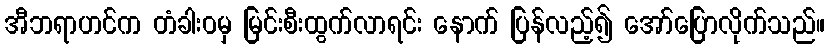
အီဘရာဟင်က တံခါးဝမှ မြင်းစီးထွက်လာရင်း နောက် ပြန်လည့်၍ အော်ပြောလိုက်သည်။